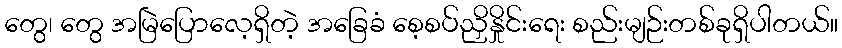
တွေ၊ တွေ အမြဲပြောလေ့ရှိတဲ့ အခြေခံ စေ့စပ်ညှိနှိုင်းရေး စည်းမျဉ်းတစ်ခုရှိပါတယ်။